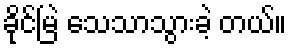
ခိုင်မြဲ သေသာသွားခဲ့ တယ်။